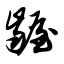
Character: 龌